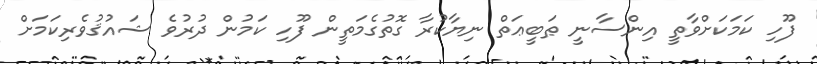
ފޫހި ކަމަކަށްވާތީ އިންސާނީ ޠަބީޢަތް ނިޔާކުރާ ގޮތުގެމަތީން ފޫހި ކަމުން ދުރުވެ ޝައުޤުވެރިކަމަށް